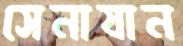
সেনাযান